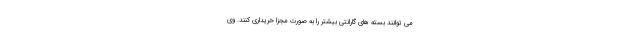
می توانند بسته های گارانتی بیشتر را به صورت مجزا خریداری کنند. وی